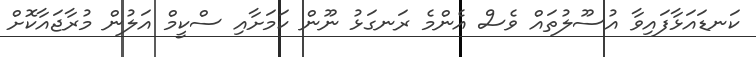
ކަނޑައަޅާފައިވާ އުސޫލުތައް ވެސް އެންމެ ރަނގަޅު ނޫން ކަމަށާއި ސްކީމް އަލުން މުރާޖައާކޮށް